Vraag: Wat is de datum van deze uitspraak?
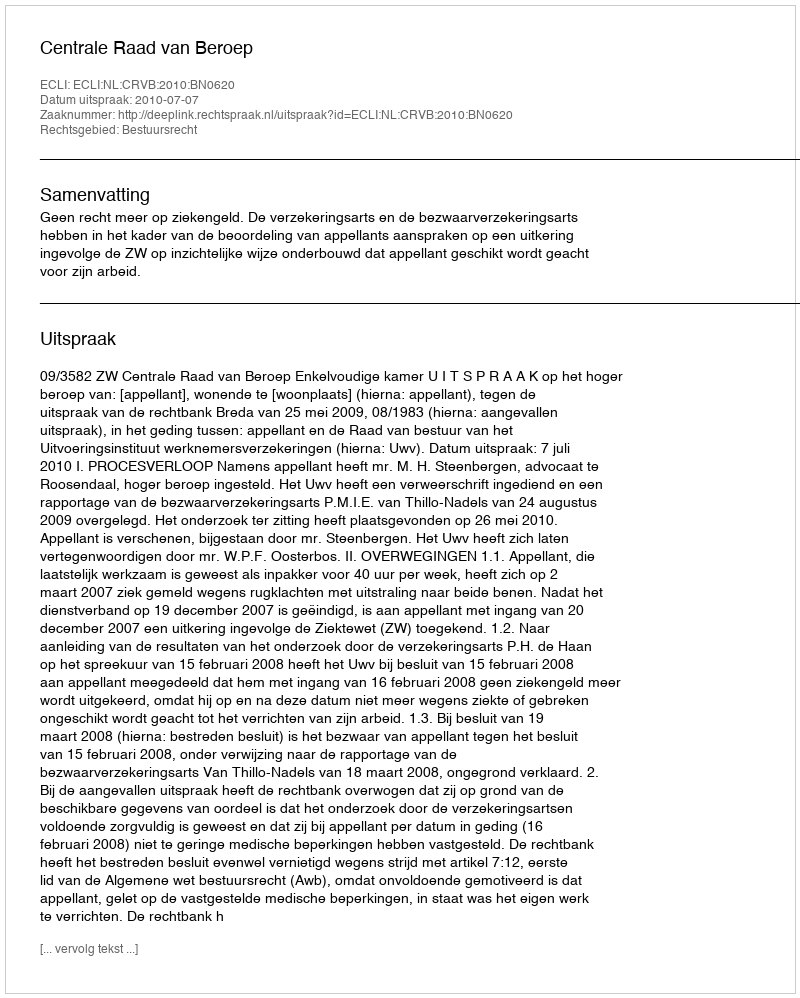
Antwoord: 2010-07-07